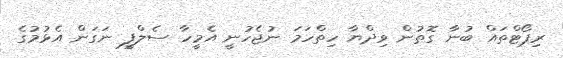
ރިޕޯޓްތައް ބުނާ ގޮތުން ވިދްޔާ ހިތްހަމަ ނުޖެހުނީ އެމީހާ ސެލްފީ ނަގަން އެޅުމުގެ